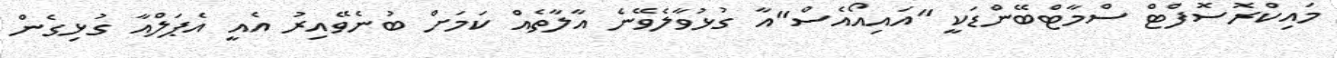
މައިކްރޮސޮފްޓް ސްމާޓްބޭންޑަކީ "އައިއޯއެސް"އާ ގުޅުވާލެވޭނެ އާލާތެއް ކަމަށް ބުނެވޭއިރު އެއީ އެޕަލްއާ ގުޅިގެން